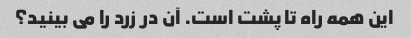
این همه راه تا پشت است. آن در زرد را می بینید؟